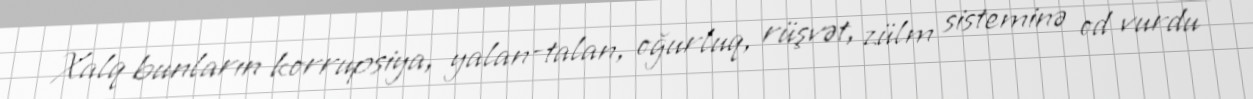
Xalq bunların korrupsiya, yalan-talan, oğurluq, rüşvət, zülm sisteminə od vurdu